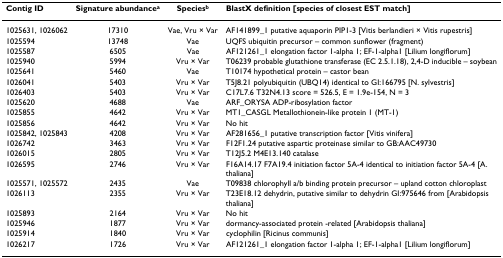
<table><thead><tr><td><b>Contig ID</b></td><td><b>Signature abundance<sup>a</sup></b></td><td><b>Species<sup>b</sup></b></td><td><b>BlastX definition [species of closest EST match]</b></td></tr></thead><tbody><tr><td>1025631, 1026062</td><td>17310</td><td>Vae, Vru × Var</td><td>AF141899_1 putative aquaporin PIP1-3 [Vitis berlandieri × Vitis rupestris]</td></tr><tr><td>1025594</td><td>13748</td><td>Vae</td><td>UQFS ubiquitin precursor – common sunflower (fragment)</td></tr><tr><td>1025587</td><td>6505</td><td>Vae</td><td>AF121261_1 elongation factor 1-alpha 1; EF-1-alpha1 [Lilium longiflorum]</td></tr><tr><td>1025940</td><td>5994</td><td>Vru × Var</td><td>T06239 probable glutathione transferase (EC 2.5.1.18), 2,4-D inducible – soybean</td></tr><tr><td>1025641</td><td>5460</td><td>Vae</td><td>T10174 hypothetical protein – castor bean</td></tr><tr><td>1026041</td><td>5403</td><td>Vru × Var</td><td>T5J8.21 polyubiquitin (UBQ14) identical to GI:166795 [N. sylvestris]</td></tr><tr><td>1026403</td><td>5403</td><td>Vru × Var</td><td>C17L7.6 T32N4.13 score = 526.5, E = 1.9e-154, N = 3</td></tr><tr><td>1025620</td><td>4688</td><td>Vae</td><td>ARF_ORYSA ADP-ribosylation factor</td></tr><tr><td>1025855</td><td>4642</td><td>Vru × Var</td><td>MT1_CASGL Metallothionein-like protein 1 (MT-1)</td></tr><tr><td>1025856</td><td>4642</td><td>Vru × Var</td><td>No hit</td></tr><tr><td>1025842, 1025843</td><td>4208</td><td>Vru × Var</td><td>AF281656_1 putative transcription factor [Vitis vinifera]</td></tr><tr><td>1026742</td><td>3463</td><td>Vru × Var</td><td>F12F1.24 putative aspartic proteinase similar to GB:AAC49730</td></tr><tr><td>1026015</td><td>2805</td><td>Vru × Var</td><td>T12J5.2 M4E13.140 catalase</td></tr><tr><td>1026595</td><td>2746</td><td>Vru × Var</td><td>F16A14.17 F7A19.4 initiation factor 5A-4 identical to initiation factor 5A-4 [A. thaliana]</td></tr><tr><td>1025571, 1025572</td><td>2435</td><td>Vae</td><td>T09838 chlorophyll a/b binding protein precursor – upland cotton chloroplast</td></tr><tr><td>1026113</td><td>2355</td><td>Vru × Var</td><td>T23E18.12 dehydrin, putative similar to dehydrin GI:975646 from [Arabidopsis thaliana]</td></tr><tr><td>1025893</td><td>2164</td><td>Vru × Var</td><td>No hit</td></tr><tr><td>1025946</td><td>1877</td><td>Vru × Var</td><td>dormancy-associated protein -related [Arabidopsis thaliana]</td></tr><tr><td>1025914</td><td>1840</td><td>Vru × Var</td><td>cyclophilin [Ricinus communis]</td></tr><tr><td>1026217</td><td>1726</td><td>Vru × Var</td><td>AF121261_1 elongation factor 1-alpha 1; EF-1-alpha1 [Lilium longiflorum]</td></tr></tbody></table>